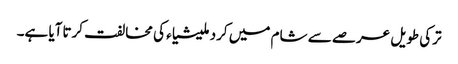
ترکی طویل عرصے سے شام میں کرد ملیشیاء کی مخالفت کرتاآیا ہے۔